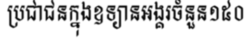
ប្រជាជនក្នុងឧទ្យានអង្គរចំនួន១៥០